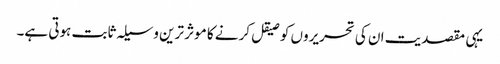
یہی مقصدیت ان کی تحریروں کو صیقل کرنے کا موثر ترین وسیلہ ثابت ہوتی ہے۔